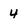
Character: 4